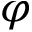
\boldsymbol { \varphi }